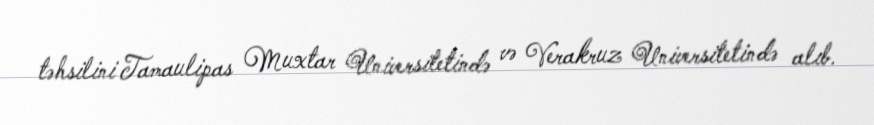
təhsilini Tamaulipas Muxtar Universitetində və Verakruz Universitetində alıb.